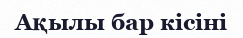
Ақылы бар кісіні